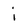
Character: i